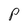
Character: p